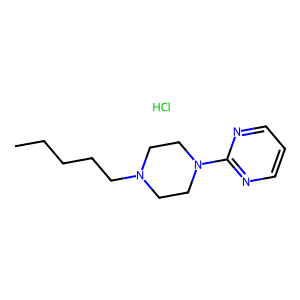
SMILES: CCCCCN1CCN(c2ncccn2)CC1.Cl
Inhibits HIV replication: No